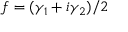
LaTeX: f = ( \gamma _ { 1 } + i \gamma _ { 2 } ) / 2